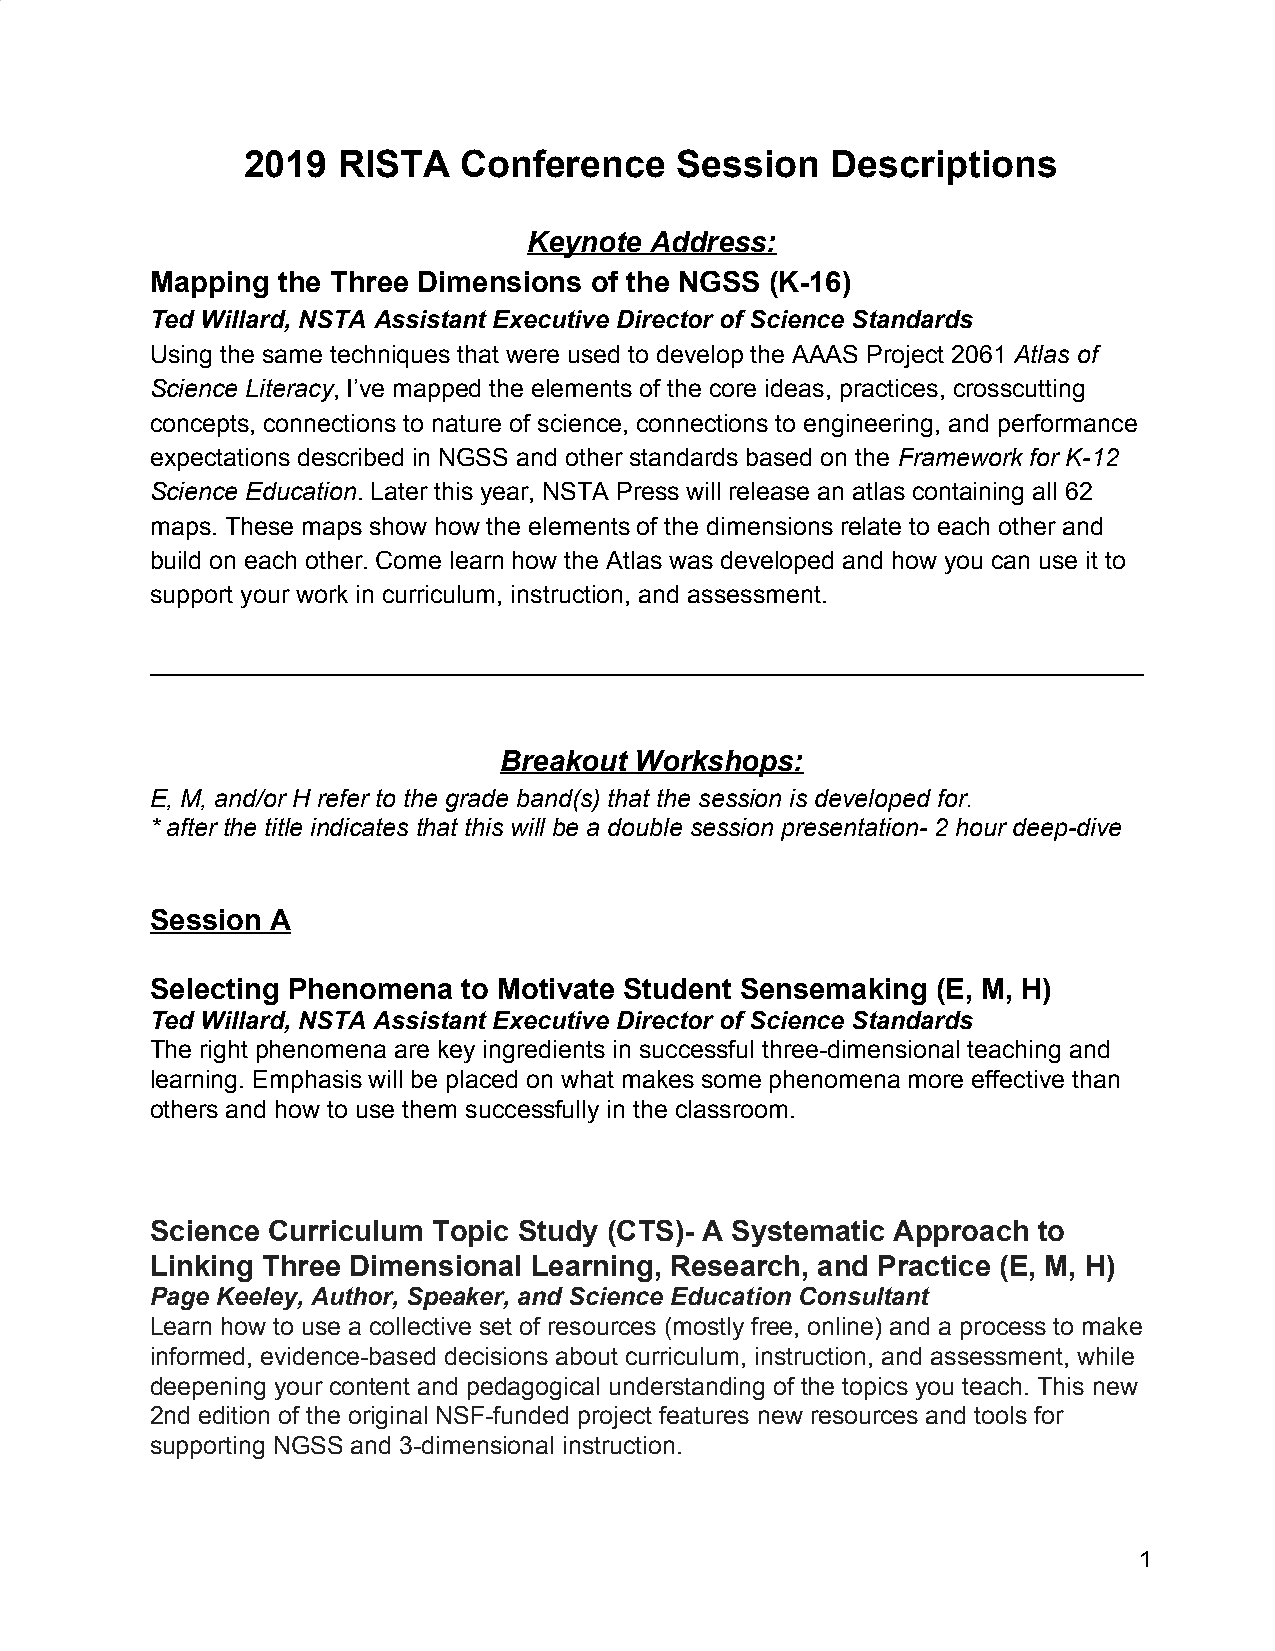
2019  RISTA   Conference     Session   Descriptions
 Keynote Address:
 Mapping the Three Dimensions of the NGSS (K-16)
 Ted Willard, NSTA Assistant Executive Director of Science Standards
 ​
 Using the same techniques that were used to develop the AAAS Project 2061 Atlas of
 ​
 Science Literacy, I’ve mapped the elements of the core ideas, practices, crosscutting
 ​
 concepts, connections to nature of science, connections to engineering, and performance
 expectations described in NGSS and other standards based on the Framework for K-12
 ​
 Science Education. Later this year, NSTA Press will release an atlas containing all 62
 ​
 maps. These maps show how the elements of the dimensions relate to each other and
 build on each other. Come learn how the Atlas was developed and how you can use it to
 support your work in curriculum, instruction, and assessment.
 ______________________________________________________________________________
 Breakout Workshops:
 E, M, and/or H refer to the grade band(s) that the session is developed for.
 * after the title indicates that this will be a double session presentation- 2 hour deep-dive
 Session A
 Selecting Phenomena  to Motivate Student Sensemaking (E, M, H)
 Ted Willard, NSTA Assistant Executive Director of Science Standards
 The right phenomena are key ingredients in successful three-dimensional teaching and
 learning. Emphasis will be placed on what makes some phenomena more effective than
 others and how to use them successfully in the classroom.
 Science Curriculum Topic Study (CTS)- A Systematic Approach to
 Linking Three Dimensional Learning, Research, and Practice (E, M, H)
 Page Keeley, Author, Speaker, and Science Education Consultant
 Learn how to use a collective set of resources (mostly free, online) and a process to make
 informed, evidence-based decisions about curriculum, instruction, and assessment, while
 deepening your content and pedagogical understanding of the topics you teach. This new
 2nd edition of the original NSF-funded project features new resources and tools for
 supporting NGSS and 3-dimensional instruction.
 1